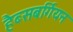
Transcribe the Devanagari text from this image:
हैब्सबर्गियन